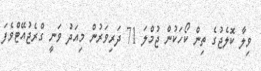
ވިލާ ކޮލެޖުގެ ތިން ކޯހަކުން ޖުމްލަ 71 ދަރިވަރުން މިއަދު ވަނީ ގްރެޖުއޭޓްވެފަ